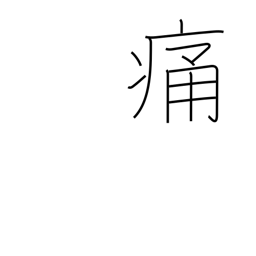
Meaning: hurt